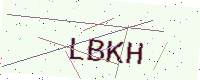
Text: LBKH